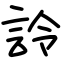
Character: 詅